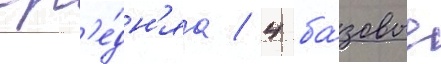
ср'е́дн'яа / 4 ба́зовые